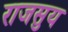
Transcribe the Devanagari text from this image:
राजसुय